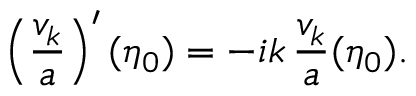
\left( \frac { v _ { k } } { a } \right) ^ { \prime } ( \eta _ { 0 } ) = - i k \, \frac { v _ { k } } { a } ( \eta _ { 0 } ) .